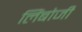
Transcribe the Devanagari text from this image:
लिंबोजी